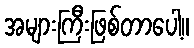
အများကြီးဖြစ်တာပေါ့။